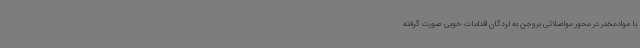
با موادمخدر در محور مواصلاتی بروجن به لردگان اقدامات خوبی صورت گرفته